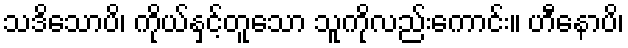
သဒိသောပိ၊ ကိုယ်နှင့်တူသော သူကိုလည်းကောင်း။ ဟီနောပိ၊